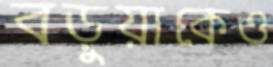
বড়ুয়াকেও